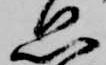
思